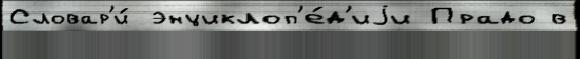
Словар'и́ энциклоп'е́д'иjи Прадо в